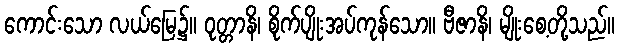
ကောင်းသော လယ်မြေ၌။ ဝုတ္တာနိ၊ စိုက်ပျိုးအပ်ကုန်သော။ ဗီဇာနိ၊ မျိုးစေ့တို့သည်။